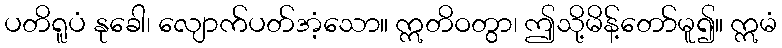
ပတိရူပံ နုခေါ၊ လျောက်ပတ်အံ့သော။ ဣတိဝတွာ၊ ဤသို့မိန့်တော်မူ၍။ ဣမံ